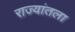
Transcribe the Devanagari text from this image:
राज्यांतला